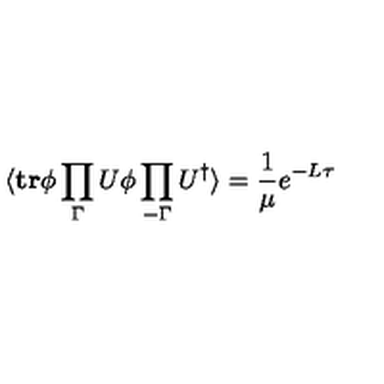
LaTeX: \langle \mathrm { \bf t r } \phi \prod _ { \Gamma } U \phi \prod _ { - \Gamma } U ^ { \dagger } \rangle = { \frac { 1 } { \mu } } e ^ { - L \tau }